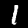
Digit: 1